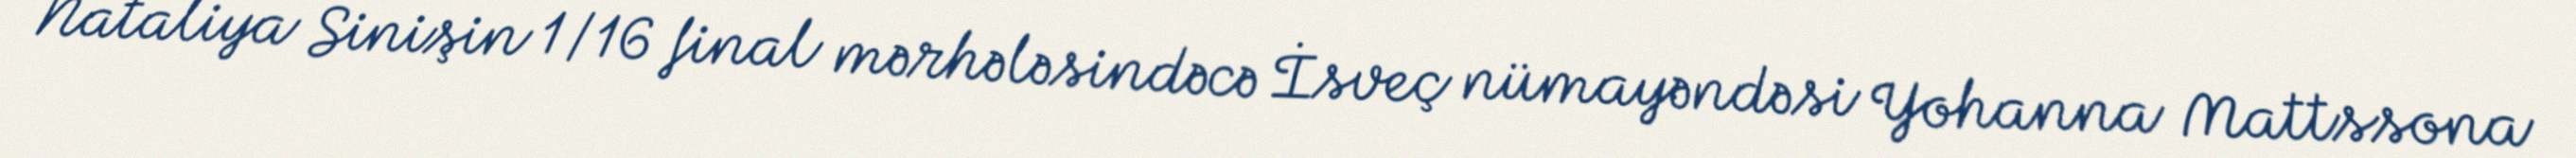
Nataliya Sinişin 1/16 final mərhələsindəcə İsveç nümayəndəsi Yohanna Mattssona